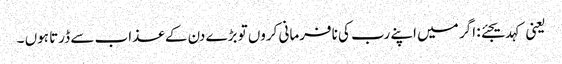
یعنی کہدیجئے: اگر میں اپنے رب کی نافرمانی کروں تو بڑے دن کے عذاب سے ڈرتا ہوں ۔